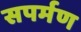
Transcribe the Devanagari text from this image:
सपर्मण